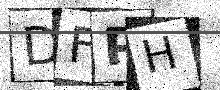
Text: DFPH